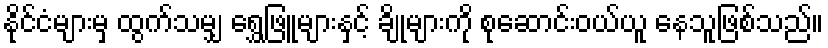
နိုင်ငံများမှ ထွက်သမျှ ရွှေဖြူများနှင့် ချိုများကို စုဆောင်းဝယ်ယူ နေသူဖြစ်သည်။